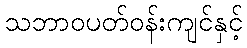
သဘာဝပတ်ဝန်းကျင်နှင့်